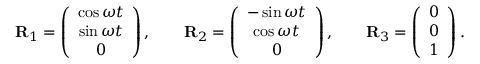
\begin{array} { r } { { \bf R } _ { 1 } = \left( \begin{array} { c } { \cos \omega t } \\ { \sin \omega t } \\ { 0 } \end{array} \right) , \qquad { \bf R } _ { 2 } = \left( \begin{array} { c } { - \sin \omega t } \\ { \cos \omega t } \\ { 0 } \end{array} \right) , \qquad { \bf R } _ { 3 } = \left( \begin{array} { c } { 0 } \\ { 0 } \\ { 1 } \end{array} \right) . } \end{array}